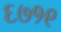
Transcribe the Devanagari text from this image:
६७१९